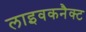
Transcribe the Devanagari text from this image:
लाइवकनैक्ट